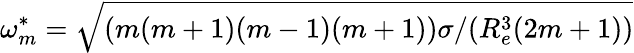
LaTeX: \omega_{m}^{*}=\sqrt{(m(m+1)(m-1)(m+1))\sigma/(R_{e}^{3}(2m+1))}